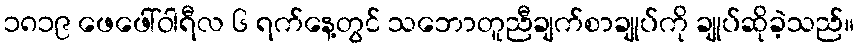
၁၈၁၉ ဖေဖေါ်ဝါရီလ ၆ ရက်နေ့တွင် သဘောတူညီချက်စာချုပ်ကို ချုပ်ဆိုခဲ့သည်။